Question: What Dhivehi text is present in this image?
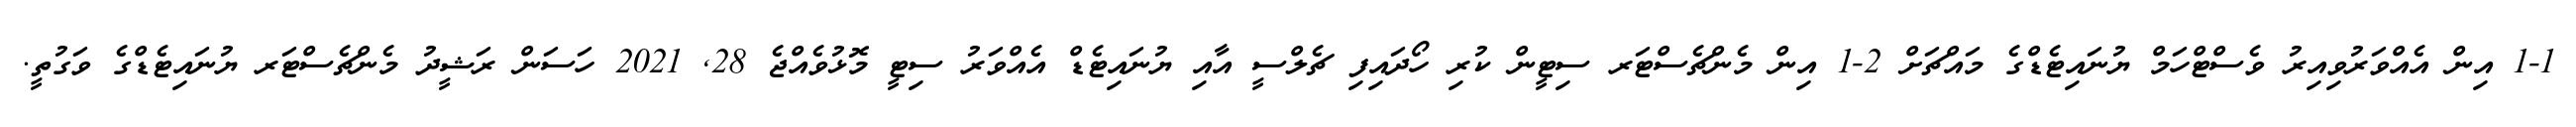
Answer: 1-1 އިން އެއްވަރުވިއިރު ވެސްޓްހަމް ޔުނައިޓެޑްގެ މައްޗަށް 2-1 އިން މެންޗެސްޓަރ ސިޓީން ކުރި ހޯދައިފި ޗެލްސީ އާއި ޔުނައިޓެޑް އެއްވަރު ސިޓީ މޮޅުވެއްޖެ 28, 2021 ހަސަން ރަޝީދު މެންޗެސްޓަރ ޔުނައިޓެޑްގެ ވަގުތީ.